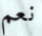
نعم